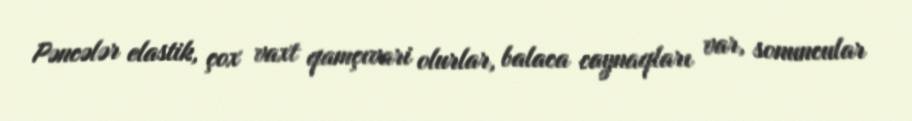
Pəncələr elastik, çox vaxt qamçıvari olurlar, balaca caynaqları var, sonuncular